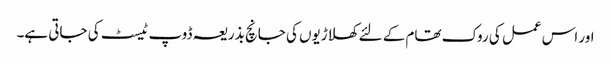
اور اس عمل کی روک تھام کے لئے کھلاڑیوں کی جانچ بذریعہ ڈوپ ٹیسٹ کی جاتی ہے۔